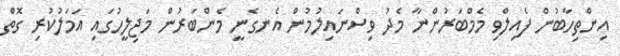
އިންތިހާބުން ފެއިލްވި މެމްބަރުންނާ މެދު ވިސްނައިލުމުން އެނގެނީ މެންބަރުން މަޖިލީހުގައި އަމަލުކުރި ގޮތް